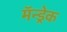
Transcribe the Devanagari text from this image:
मॅन्ड्रेक